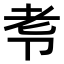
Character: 𭅷